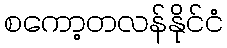
စကော့တလန်နိုင်ငံ